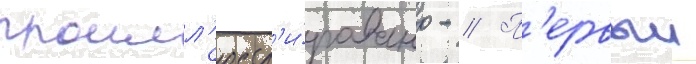
проилл'юстр'и́ровано - // П'ервыи